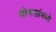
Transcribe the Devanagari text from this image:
मोगलांमध्ये